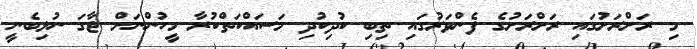
މި ރަށްރަށުގައި ރަށްރަށުގެ ފެންވަރުގައި ތިބި ކުދިކުދި މަސައްކަތްކުރާ މީހުންނަށް ޖާގަ ނުލިބެނީ